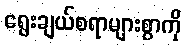
ရွေးချယ်စရာများစွာကို